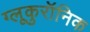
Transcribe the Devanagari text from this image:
ग्लूकुरॉनिक